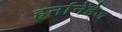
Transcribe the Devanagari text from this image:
हर्नानेंडेज